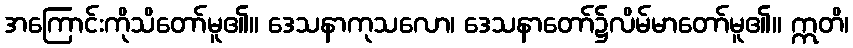
အကြောင်းကိုသိတော်မူ၏။ ဒေသနာကုသလော၊ ဒေသနာတော်၌လိမ်မာတော်မူ၏။ ဣတိ၊